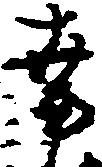
幸